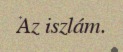
Az iszlám.